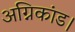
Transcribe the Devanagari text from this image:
अग्निकांड।